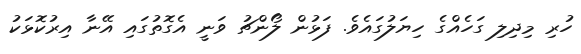
ހުރި މިދިލި ގަހެއްގެ ހިޔަލުގައެވެ. ފަޅުން ލޯންޗު ވަނީ އެގޮތުގައި އޭނާ އިރުކޮޅަކު